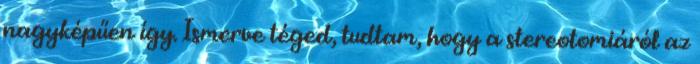
nagyképűen így. Ismerve téged, tudtam, hogy a stereotomiáról az